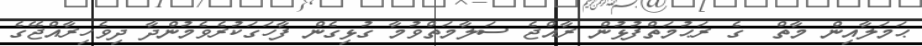
ޙަމަލާއިން މާތް  ގެ ރަޙުމަތްފުޅުން ރާއްޖެ ސަލާމަތްވުމާ ގުޅިގެން ފާހަގަކުރެވެމުންދާ ދިވެހިރާއްޖޭގެ